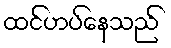
ထင်ဟပ်နေသည်